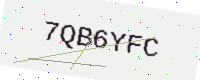
Text: 7QB6YFC